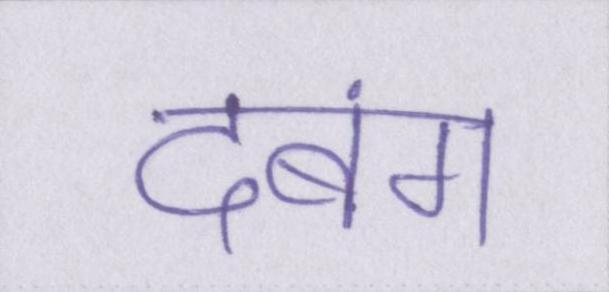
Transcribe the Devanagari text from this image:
दबंग